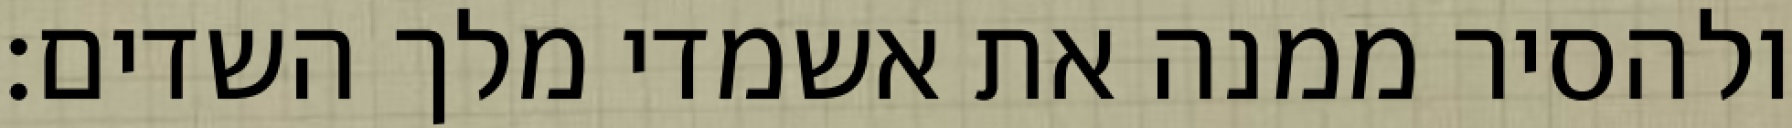
ולהסיר ממנה את אשמדי מלך השדים: